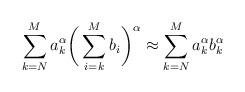
LaTeX: \begin{align*} \sum_{k=N}^M a_k^\alpha \bigg(\sum_{i=k}^M b_i \bigg)^\alpha \approx \sum_{k=N}^M a_k^\alpha b_k^\alpha\end{align*}